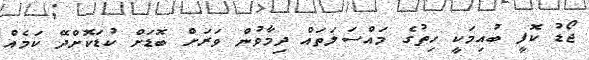
ޖޯޑު ކޮފީ ބުއިމަކީ ހިތުގެ މައްސަލަތައް ދިމާވުން ވަރަށް ބޮޑަށް ކުޑަކޮށްދޭ ކަމެއް